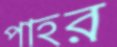
পাহর